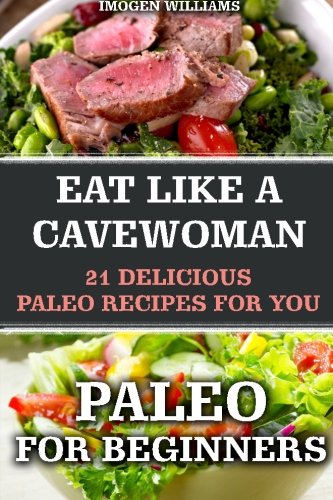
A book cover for Paleo For Beginners: Eat like a Cavewoman. 21 Delicious Paleo Recipes For You: (Paleo Diet Free, Paleo Diet, Paleo Cookbook, Paleo For Beginners, ... Ketogenic Diet to Overcome Belly Fat, Paleo); Imogen Williams; Cookbooks, Food & Wine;